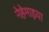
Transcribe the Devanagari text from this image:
नेहेमाइया